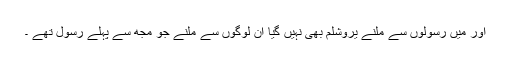
اور میں رسولوں سے ملنے یروشلم بھی نہیں گیا ان لوگوں سے ملنے جو مجھ سے پہلے رسول تھے ۔